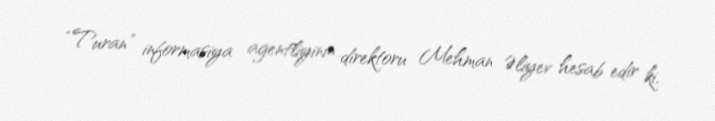
“Turan” informasiya agentliyinin direktoru Mehman Əliyev hesab edir ki,